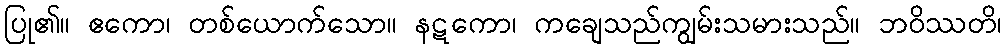
ပြု၏။ ဧကော၊ တစ်ယောက်သော။ နဋကော၊ ကချေသည်ကျွမ်းသမားသည်။ ဘဝိဿတိ၊